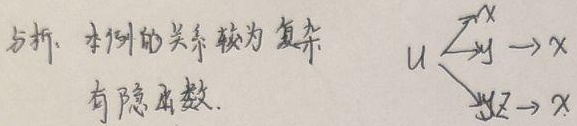
分析：本例的关系较为复杂，有隐函数。
\[u\begin{cases}\xrightarrow{y}x\\\xrightarrow{yz}x\end{cases}\]